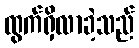
ထွက်ရှိလာခဲ့သည်